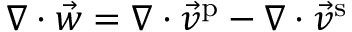
\nabla \cdot \vec { w } = \nabla \cdot \vec { v } ^ { \mathrm { p } } - \nabla \cdot \vec { v } ^ { \mathrm { s } }